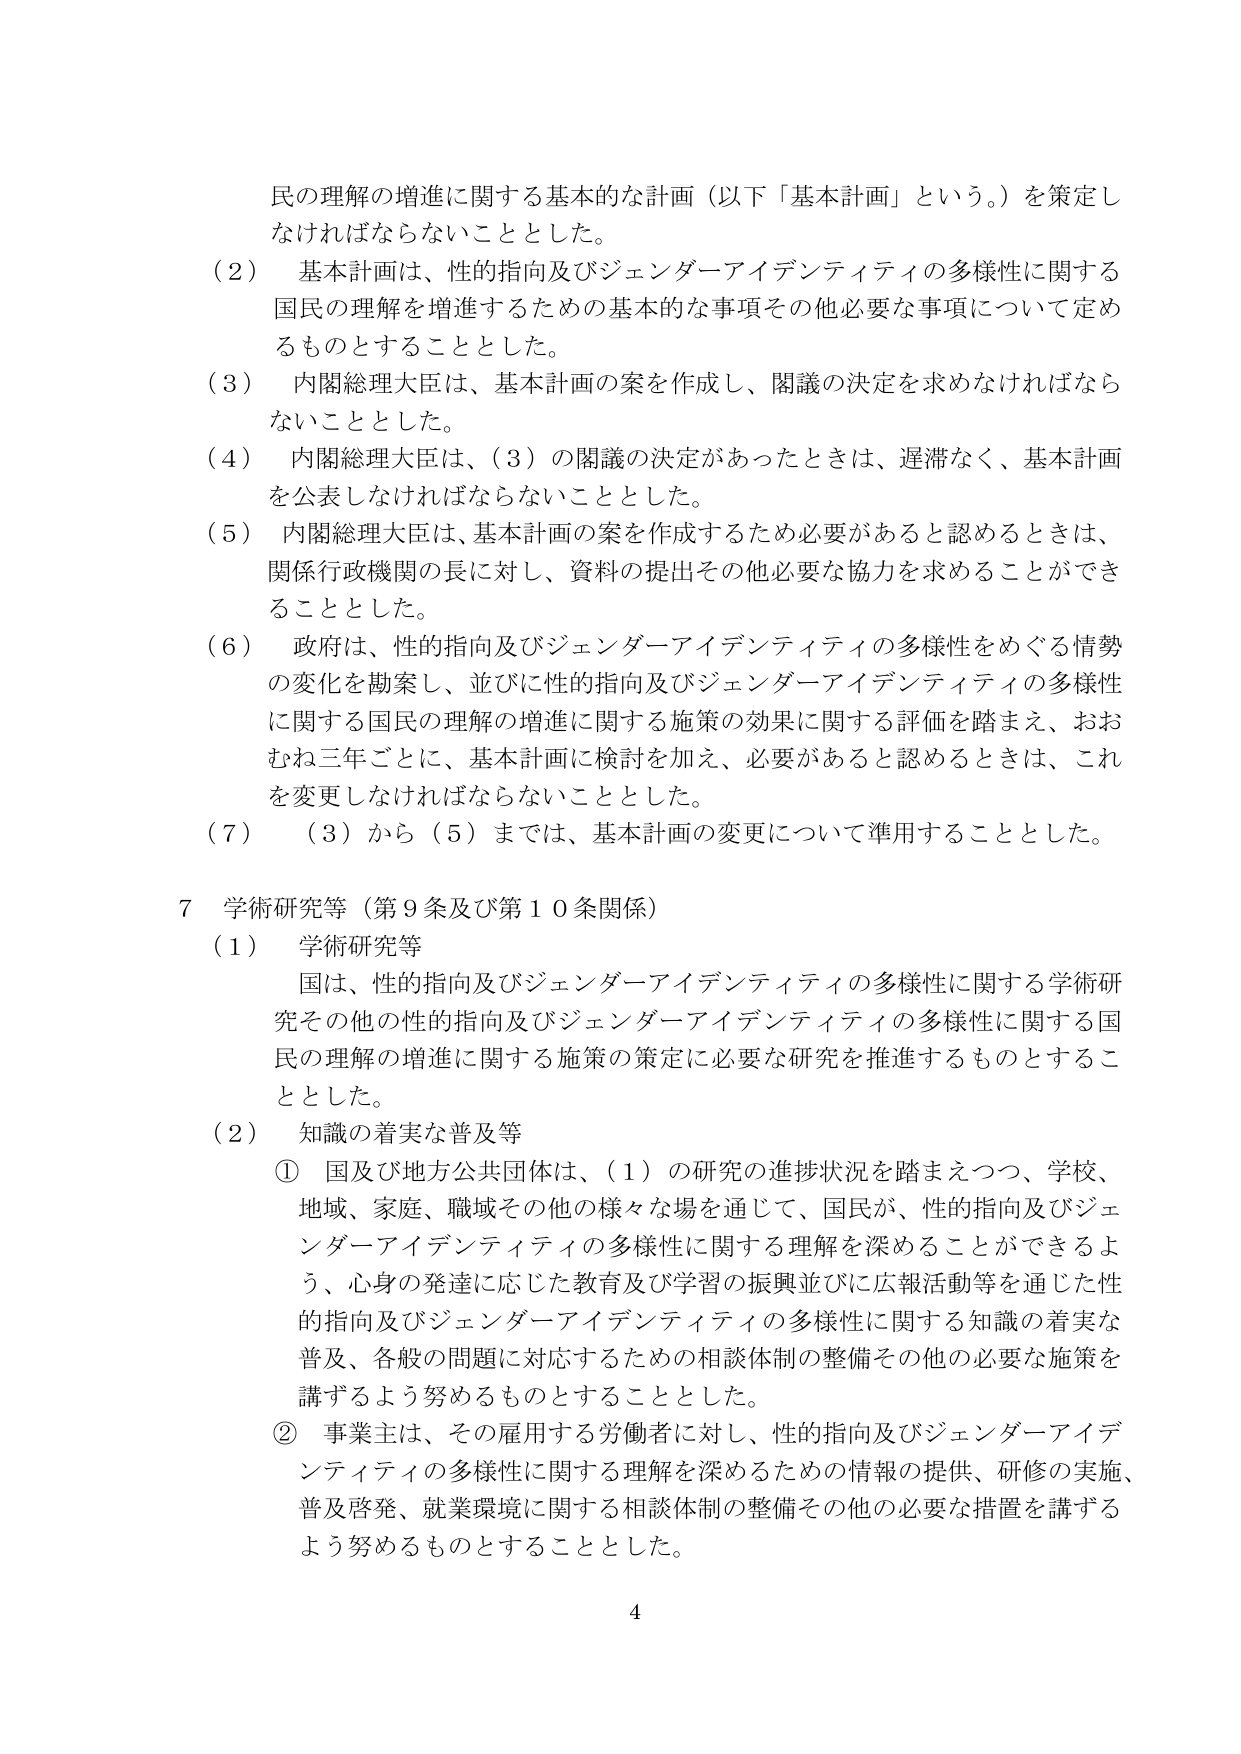
民の理解の増進に関する基本的な計画（以下「基本計画」という。）を策定しなければならないこととした。

（2）　基本計画は、性的指向及びジェンダーイデンティティの多様性に関する国民の理解を増進するための基本的な事項その他必要な事項について定めるものとすることとした。

（3）　内閣総理大臣は、基本計画の案を作成し、閣議の決定を求めなければならないこととした。

（4）　内閣総理大臣は、（3）の閣議の決定があったときは、遅滞なく、基本計画を公表しなければならないこととした。

（5）　内閣総理大臣は、基本計画の案を作成するため必要があると認めるときは、関係行政機関の長に対し、資料の提出その他必要な協力を求めることができることとした。

（6）　政府は、性的指向及びジェンダーイデンティティの多様性をめぐる情勢の変化を勘案し、並びに性的指向及びジェンダーイデンティティの多様性に関する国民の理解の増進に関する施策の効果に関する評価を踏まえ、おおむね三年ごとに、基本計画に検討を加え、必要があると認めるときは、これを変更しなければならないこととした。

（7）　（3）から（5）までは、基本計画の変更について準用することとした。

7　学術研究等（第9条及び第10条関係）

（1）　学術研究等

　　国は、性的指向及びジェンダーイデンティティの多様性に関する学術研究その他の性的指向及びジェンダーイデンティティの多様性に関する国民の理解の増進に関する施策の策定に必要な研究を推進するものとすることとした。

（2）　知識の着実な普及等

　　①　国及び地方公共団体は、（1）の研究の進捗状況を踏まえつつ、学校、地域、家庭、職域その他の様々な場を通じて、国民が、性的指向及びジェンダーイデンティティの多様性に関する理解を深めることができるよう、心身の発達に応じた教育及び学習の振興並びに広報活動等を通じた性的指向及びジェンダーイデンティティの多様性に関する知識の着実な普及、各般の問題に対応するための相談体制の整備その他の必要な施策を講ずるよう努めるものとすることとした。

　　②　事業主は、その雇用する労働者に対し、性的指向及びジェンダーイデンティティの多様性に関する理解を深めるための情報の提供、研修の実施、普及啓発、就業環境に関する相談体制の整備その他の必要な措置を講ずるよう努めるものとすることとした。

4